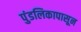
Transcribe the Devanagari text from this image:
पुंडलिकापासून